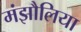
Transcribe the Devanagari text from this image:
मंझौलिया